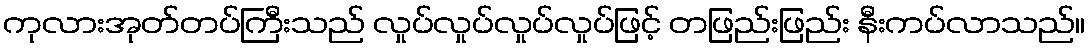
ကုလားအုတ်တပ်ကြီးသည် လှုပ်လှုပ်လှုပ်လှုပ်ဖြင့် တဖြည်းဖြည်း နီးကပ်လာသည်။